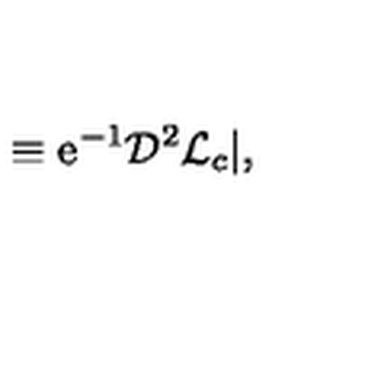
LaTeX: { } \equiv \mathrm { e } ^ { - 1 } { \cal D } ^ { 2 } { \cal L } _ { c } | , { }